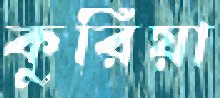
কুরিয়া